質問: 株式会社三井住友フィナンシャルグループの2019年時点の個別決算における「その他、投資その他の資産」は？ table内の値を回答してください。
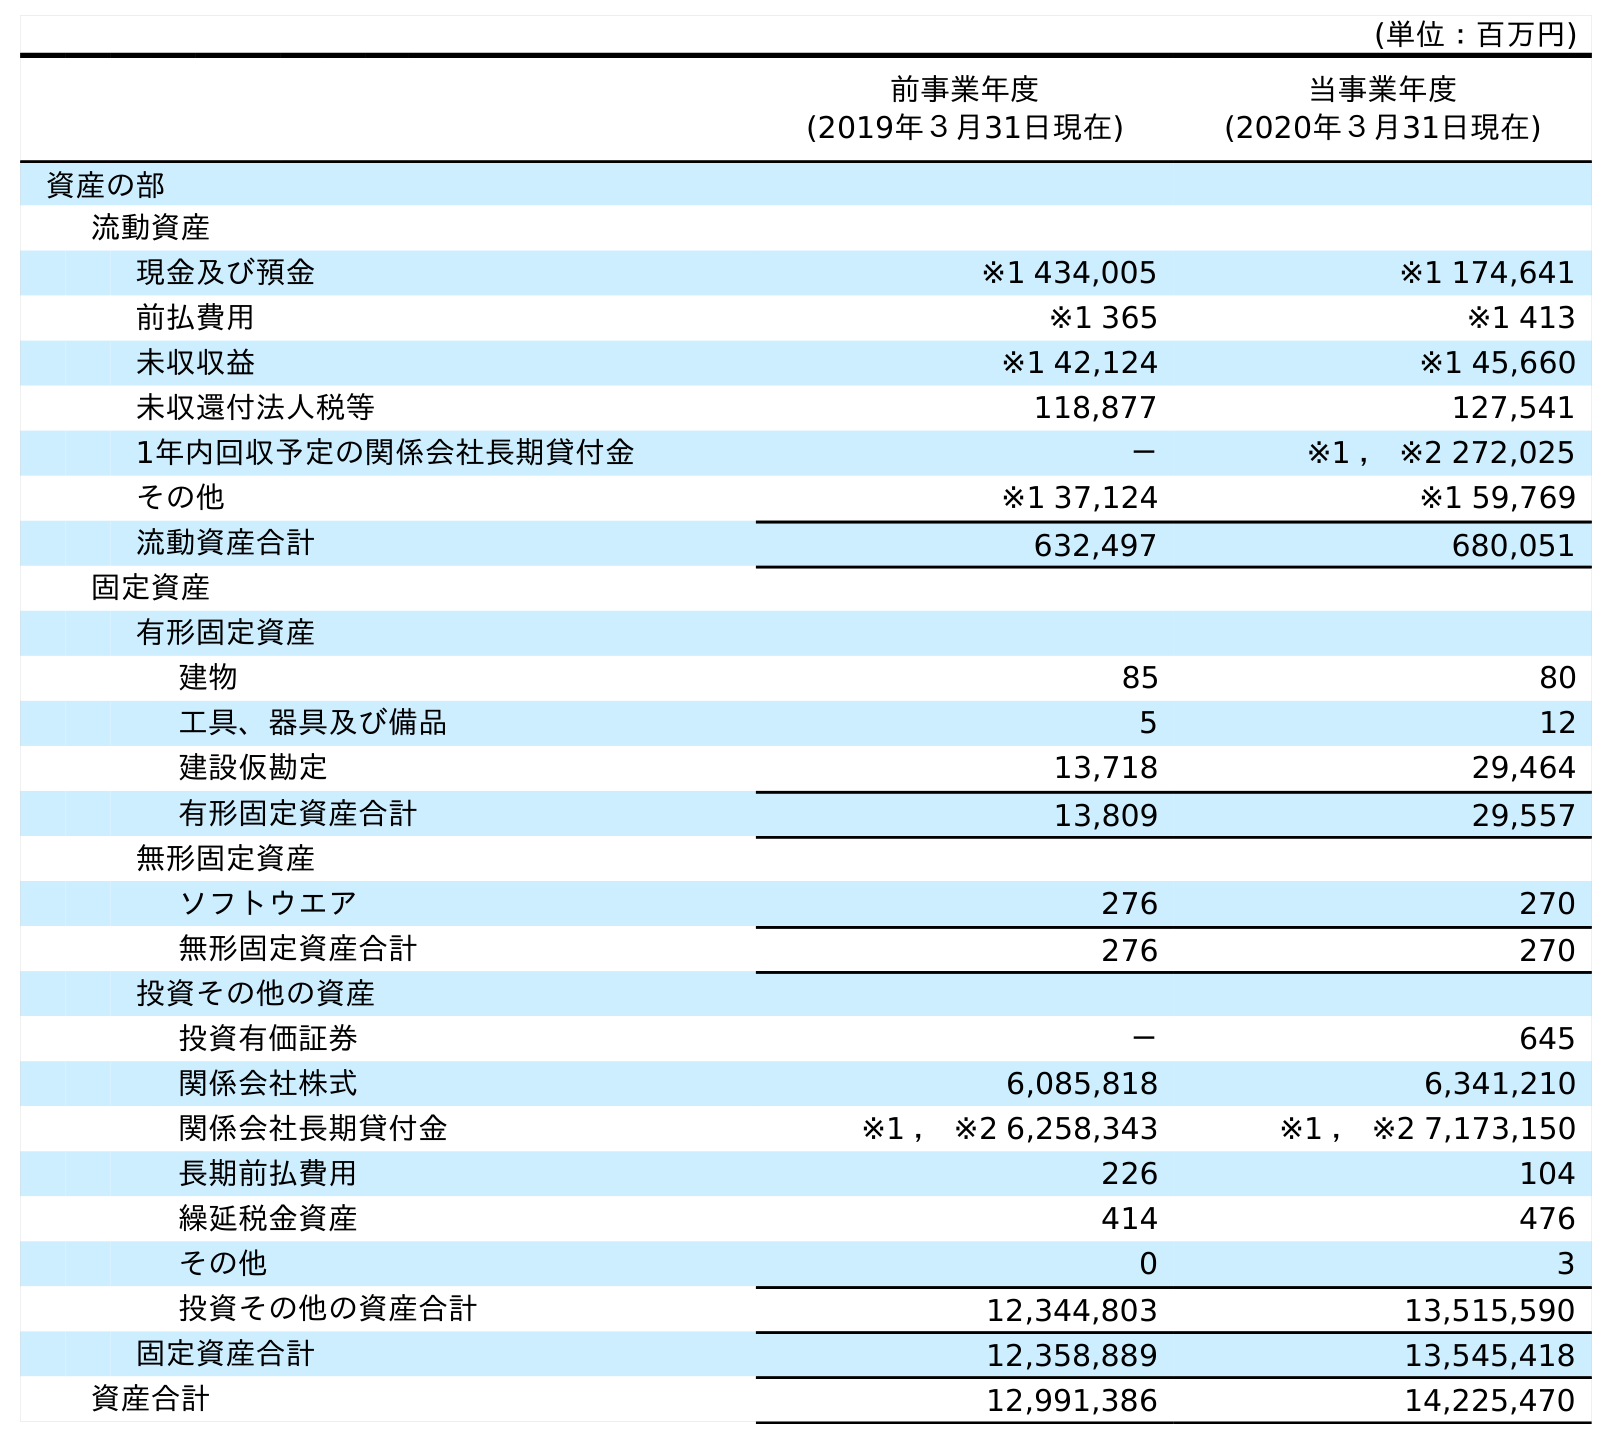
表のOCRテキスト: (単位：百万円) 前事業年度 (2019年３月31日現在) 当事業年度 (2020年３月31日現在) 資産の部 流動資産 現金及び預金 ※1 434,005 ※1 174,641 前払費用 ※1 365 ※1 413 未収収益 ※1 42,124 ※1 45,660 未収還付法人税等 118,877 127,541 1年内回収予定の関係会社長期貸付金 － ※1 ， ※2 272,025 その他 ※1 37,124 ※1 59,769 流動資産合計 632,497 680,051 固定資産 有形固定資産 建物 85 80 工具、器具及び備品 5 12 建設仮勘定 13,718 29,464 有形固定資産合計 13,809 29,557 無形固定資産 ソフトウエア 276 270 無形固定資産合計 276 270 投資その他の資産 投資有価証券 － 645 関係会社株式 6,085,818 6,341,210 関係会社長期貸付金 ※1 ， ※2 6,258,343 ※1 ， ※2 7,173,150 長期前払費用 226 104 繰延税金資産 414 476 その他 0 3 投資その他の資産合計 12,344,803 13,515,590 固定資産合計 12,358,889 13,545,418 資産合計 12,991,386 14,225,470
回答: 0